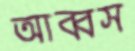
আব্বস